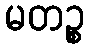
မတဉ္စ